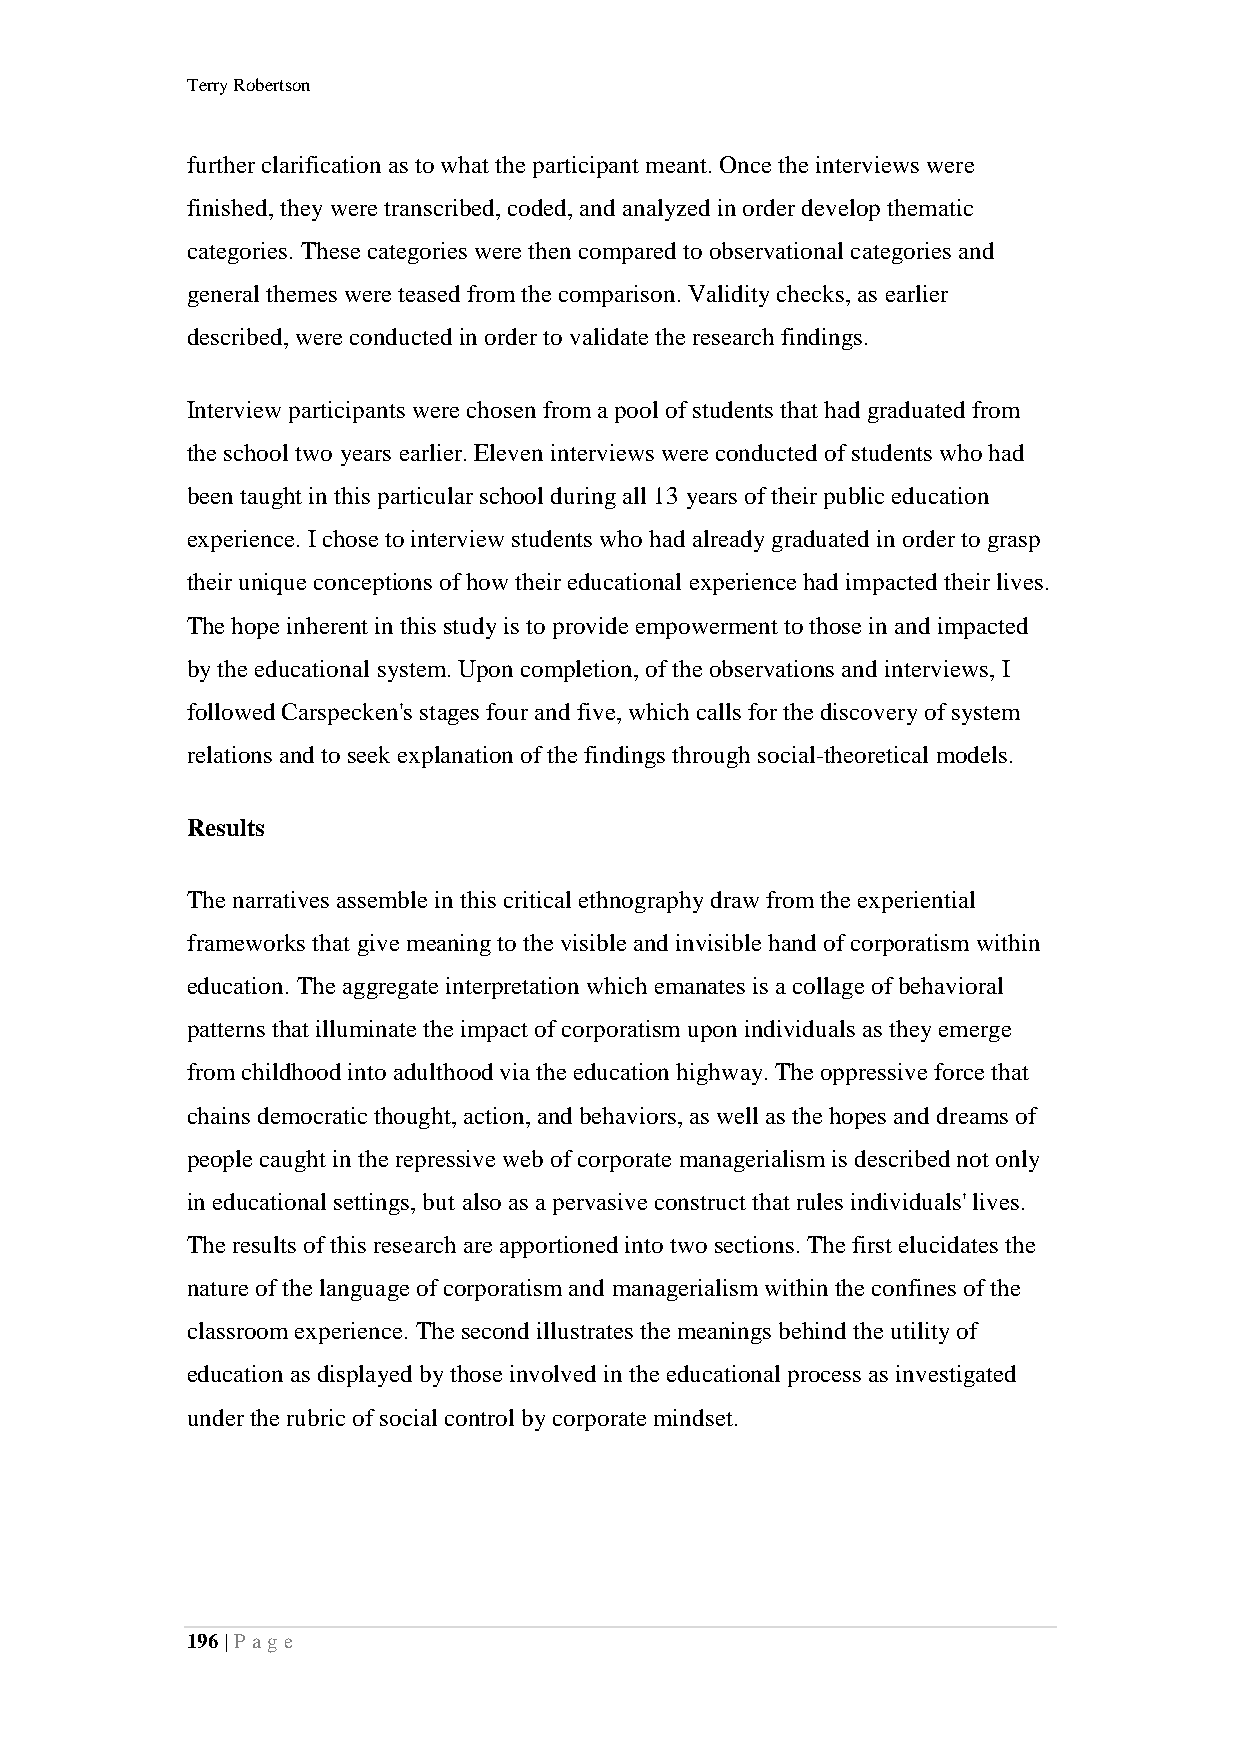
Terry Robertson
 further clarification as to what the participant meant. Once the interviews were
 finished, they were transcribed, coded, and analyzed in order develop thematic
 categories. These categories were then compared to observational categories and
 general themes were teased from the comparison. Validity checks, as earlier
 described, were conducted in order to validate the research findings.
 Interview participants were chosen from a pool of students that had graduated from
 the school two years earlier. Eleven interviews were conducted of students who had
 been taught in this particular school during all 13 years of their public education
 experience. I chose to interview students who had already graduated in order to grasp
 their unique conceptions of how their educational experience had impacted their lives.
 The hope inherent in this study is to provide empowerment to those in and impacted
 by the educational system. Upon completion, of the observations and interviews, I
 followed Carspecken's stages four and five, which calls for the discovery of system
 relations and to seek explanation of the findings through social-theoretical models.
 Results
 The narratives assemble in this critical ethnography draw from the experiential
 frameworks that give meaning to the visible and invisible hand of corporatism within
 education. The aggregate interpretation which emanates is a collage of behavioral
 patterns that illuminate the impact of corporatism upon individuals as they emerge
 from childhood into adulthood via the education highway. The oppressive force that
 chains democratic thought, action, and behaviors, as well as the hopes and dreams of
 people caught in the repressive web of corporate managerialism is described not only
 in educational settings, but also as a pervasive construct that rules individuals' lives.
 The results of this research are apportioned into two sections. The first elucidates the
 nature of the language of corporatism and managerialism within the confines of the
 classroom experience. The second illustrates the meanings behind the utility of
 education as displayed by those involved in the educational process as investigated
 under the rubric of social control by corporate mindset.
 196 | P a ge